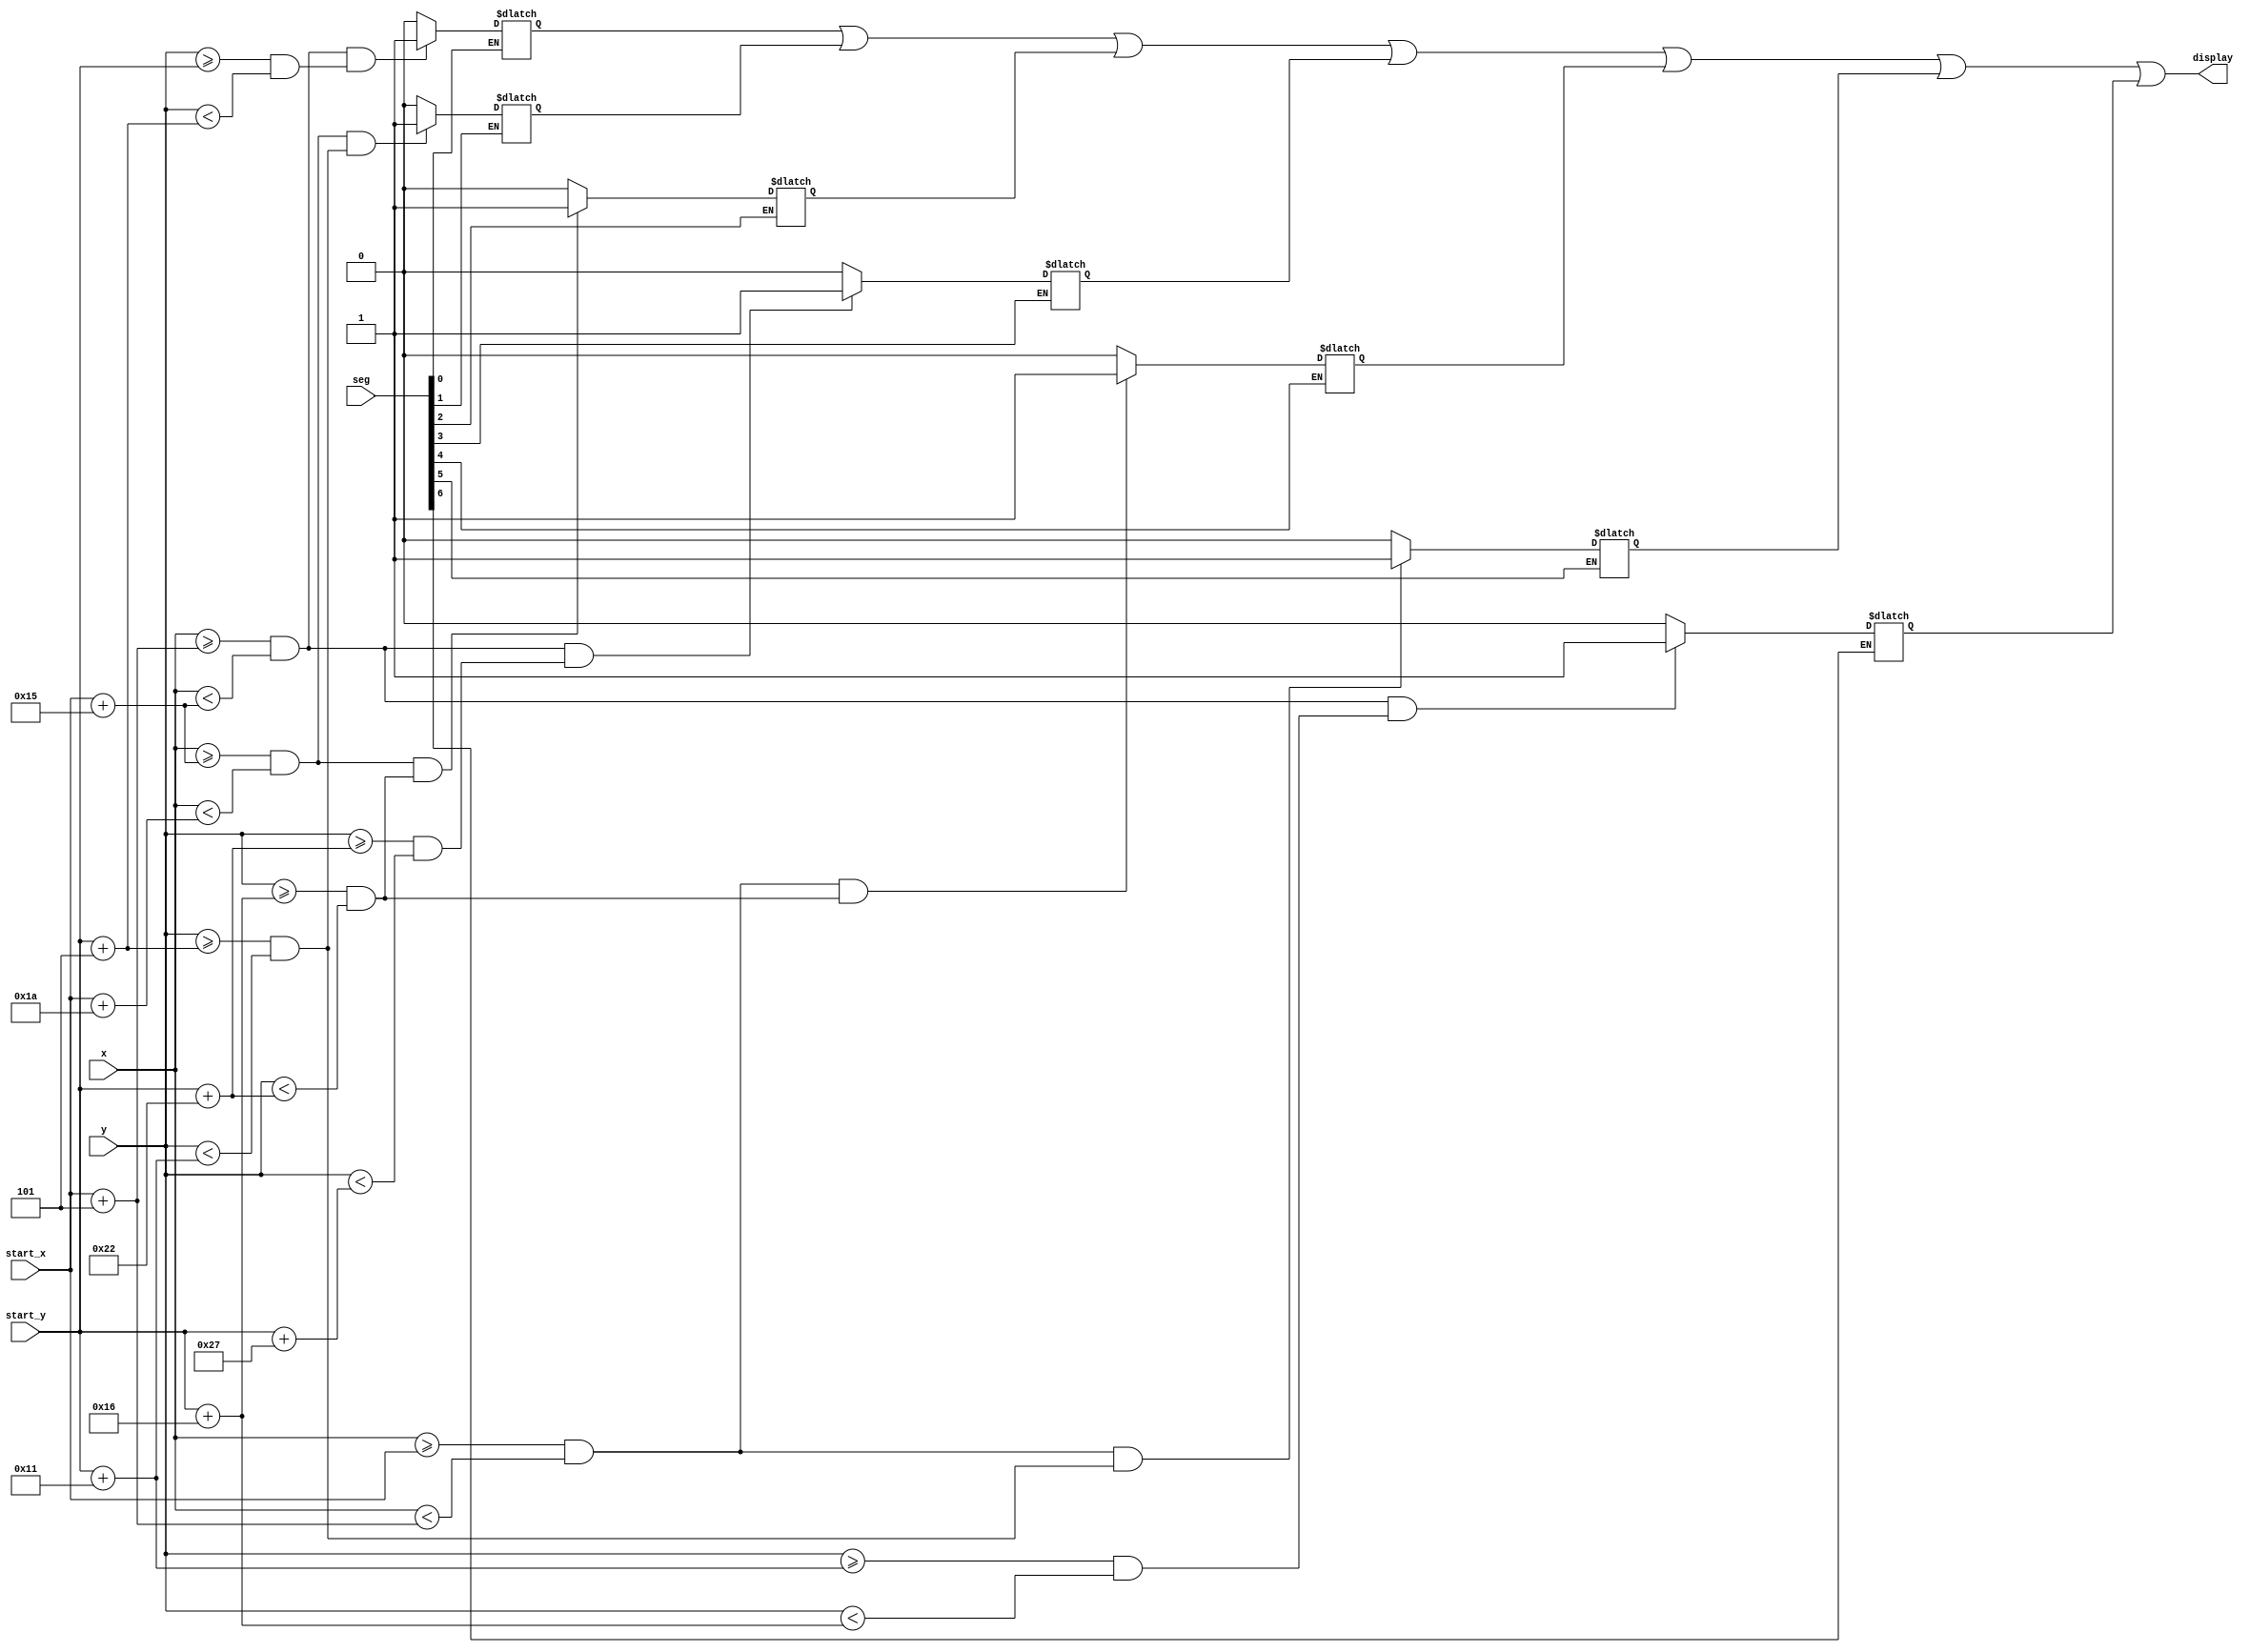
`timescale 1ns / 1ps
//////////////////////////////////////////////////////////////////////////////////
// Company: 
// Engineer: 
// 
// Design Name: 
// Module Name: display_seg
// Project Name: 
// Target Devices: 
// Tool Versions: 
// Description: 
// 
// Dependencies: 
// 
// Revision:
// Revision 0.01 - File Created
// Additional Comments:
// 
//////////////////////////////////////////////////////////////////////////////////


module display_seg(
    input [6:0] seg,
    input [9:0] start_x,
    input [9:0] start_y,
    input [9:0] x,
    input [9:0] y,
    output display
    );
    reg [6:0] display_temp;
    initial
    begin   
        display_temp = 7'b0;
    end
    always @*
    begin
        if(~seg[0])
            begin
                if((x >= (start_x + 5) && x < (start_x + 21)) && (y >= start_y && y < (start_y + 5))) 
                    display_temp[0] = 1;
                else display_temp[0] = 0;
            end
        if(~seg[1])
            begin
                if(((x >= start_x + 21) && x < (start_x + 26)) && (y >= (start_y + 5) && y < (start_y + 17)))
                    display_temp[1] = 1;
                else display_temp[1] = 0;
            end
        if(~seg[2])
            begin
                if(((x >= start_x + 21) && x < (start_x + 26)) && (y >= (start_y + 22) && y < (start_y + 34)))
                    display_temp[2] = 1;
                else display_temp[2] = 0;
            end
        if(~seg[3])
            begin
                if((x >= (start_x + 5) && x < (start_x + 21)) && (y >= (start_y + 34) && y < (start_y + 39)))
                    display_temp[3] = 1;
                else display_temp[3] = 0;
            end
        if(~seg[4])
            begin
                if((x >= start_x && x < (start_x + 5)) && (y >= (start_y + 22) && y < (start_y + 34)))
                    display_temp[4] = 1;
                else display_temp[4] = 0;
            end
        if(~seg[5])
            begin
                if((x >= start_x && x < (start_x + 5)) && (y >= (start_y + 5) && y < (start_y + 17)))
                    display_temp[5] = 1;
                else display_temp[5] = 0;
            end
        if(~seg[6])
            begin
                if((x >= (start_x + 5) && x < (start_x + 21)) && (y >= (start_y + 17) && y < (start_y + 22)))
                    display_temp[6] = 1;
                else display_temp[6] = 0;
            end
    end
   assign display = (display_temp[0] | display_temp[1] | display_temp[2] |display_temp[3] | display_temp[4] | display_temp[5] | display_temp[6]);
endmodule